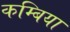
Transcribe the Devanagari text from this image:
कम्बिया